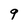
Character: 9